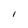
Character: l